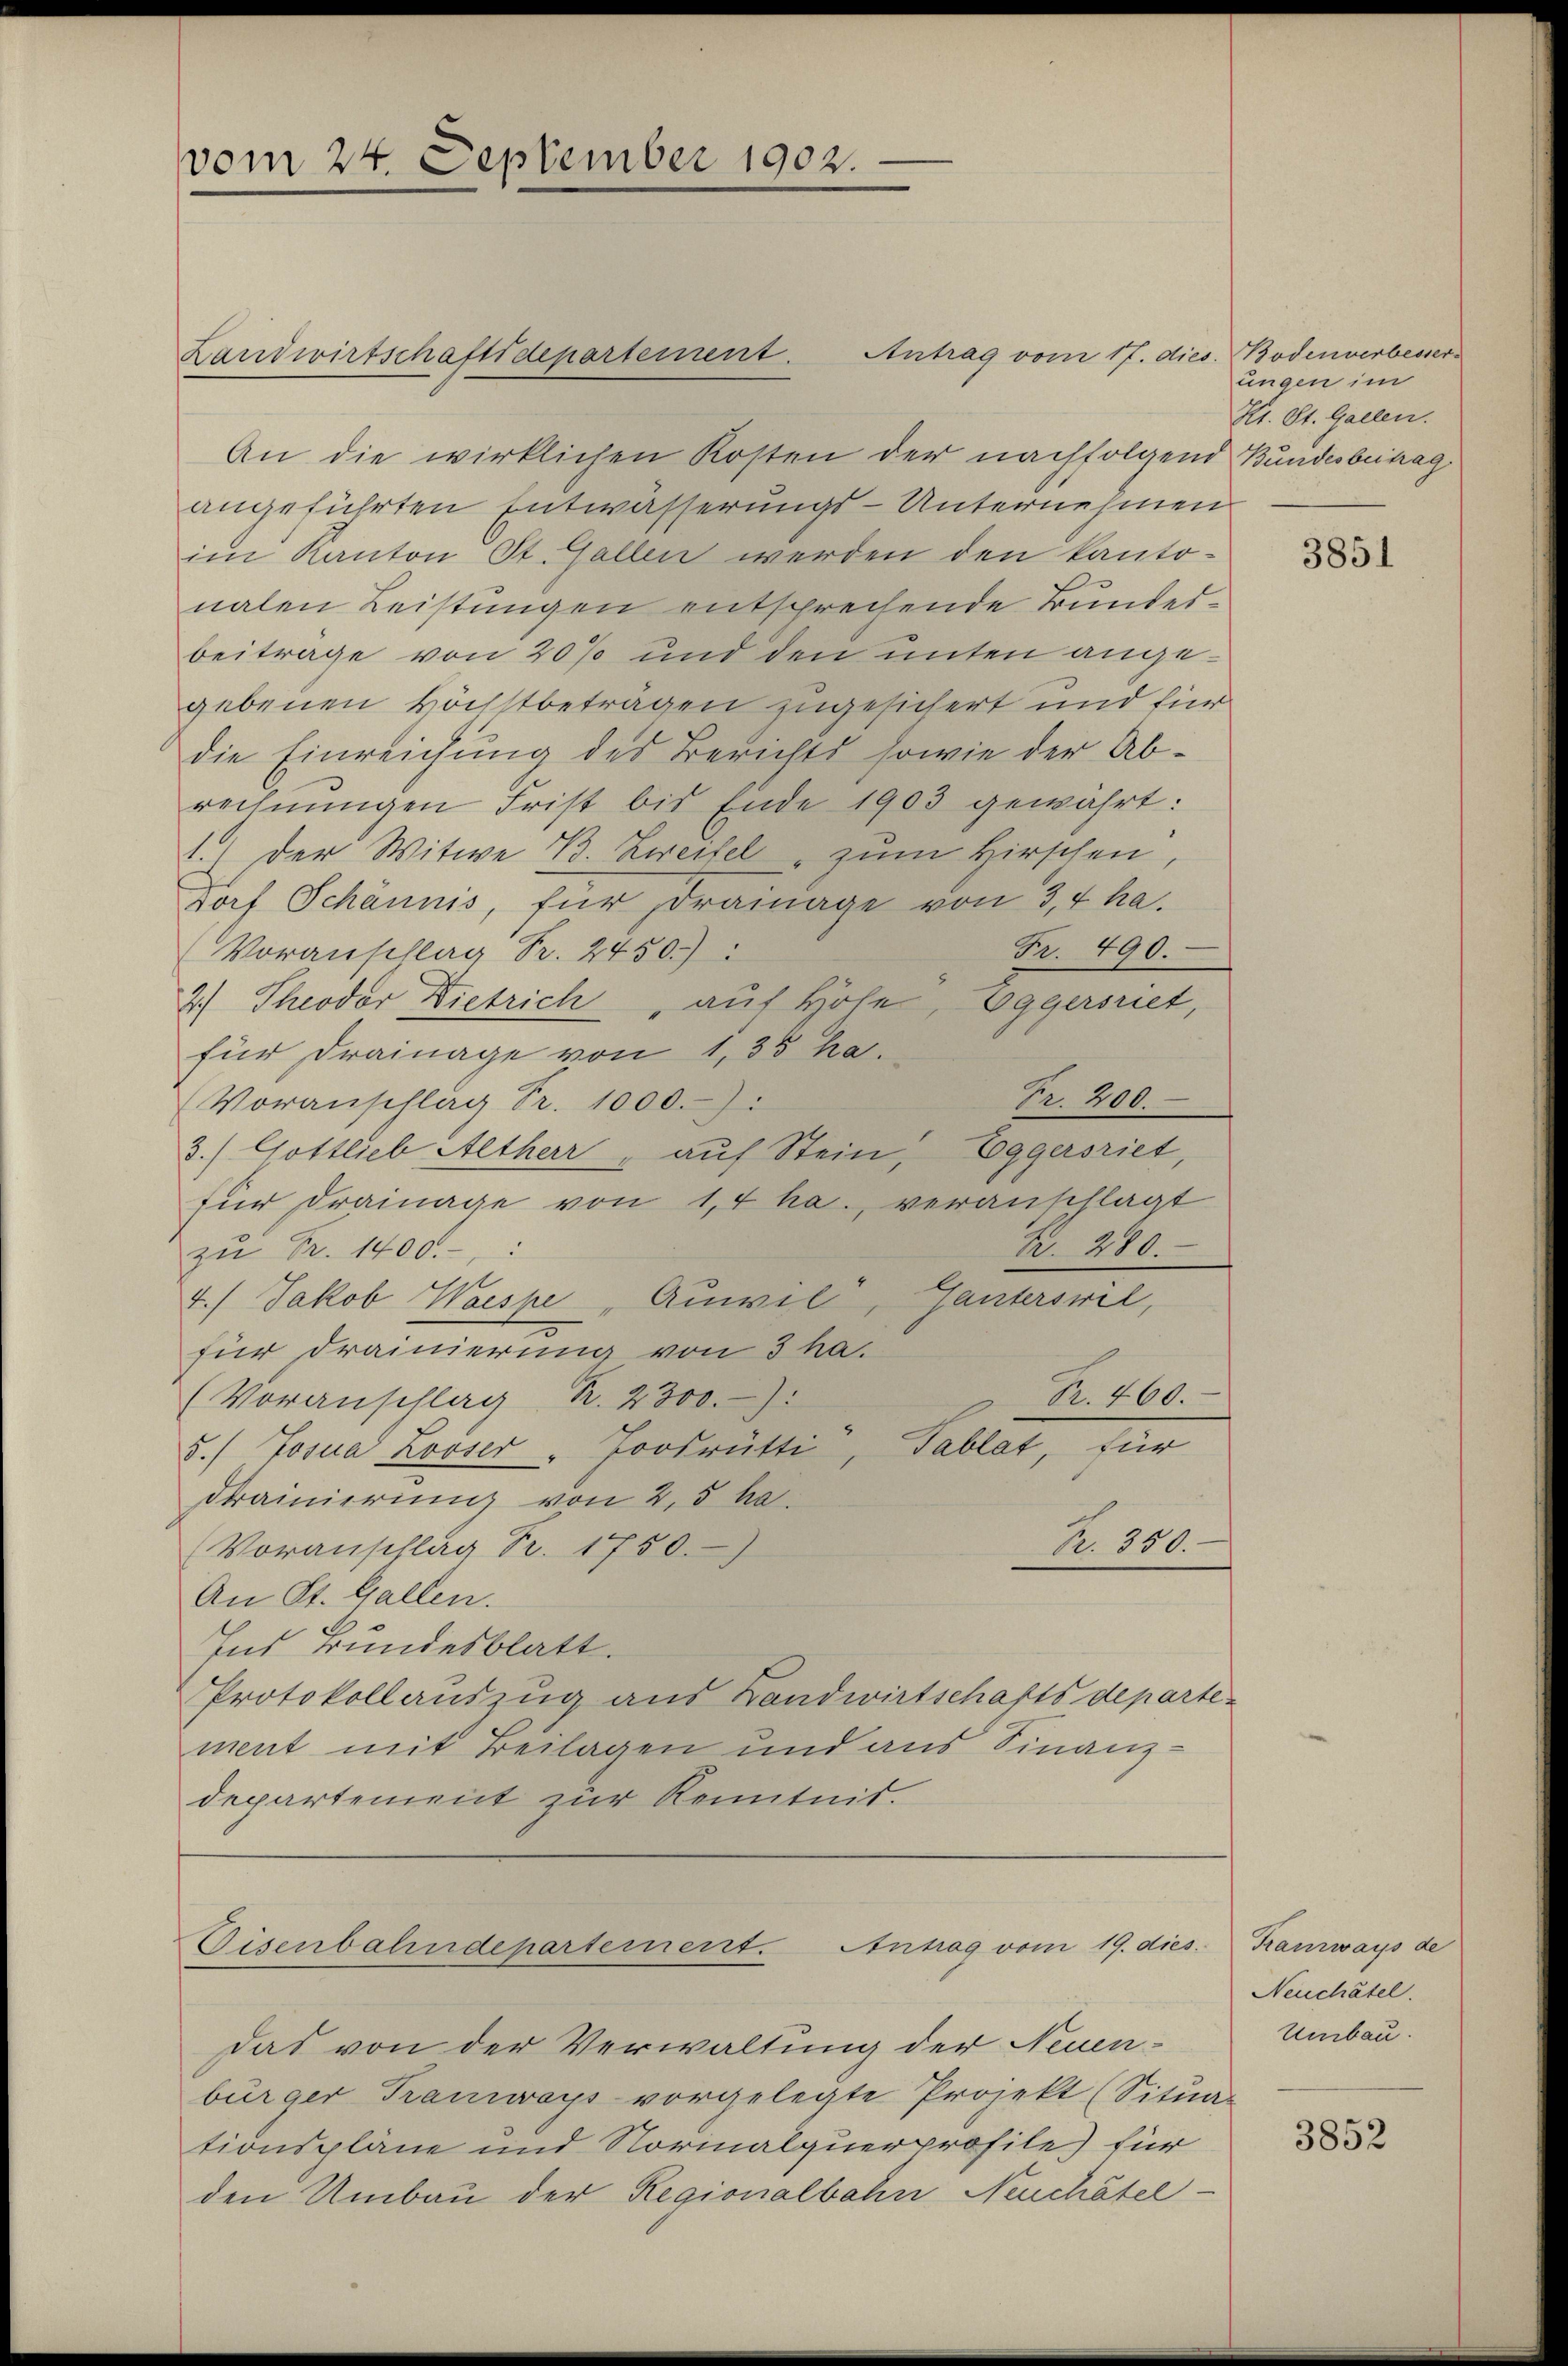
vom 24. September 1902.

Landwirtschaftsdepartement. Antrag vom 17. dies. Bodenverbesser¬

An die wirklichen Kosten der nachfolgend Bundesbehag
angeführten Entwässerungs-Unternehmen
im Kanton St. Gallen werden den kantonalen Leistungen entsprechende Bundesbeiträge von 20% und den unten angegebenen Höchstbeträgen zugesichert und für
die Einreichung des Berichts sowie der Abrechnŭngen Frist bis Ende 1903 gewährt:
1.) Der Witwe B. Zweifel, zum Hirschen,
Dorf Schännis, für drainage von 3,4 ha
Fr. 490.
Voranschlag Fr. 2450):
2.) Theodor Dietrich, auf Höhe, Eggersriet,
für Drainage von 1,35 ha.
Fr. 200.
Voranschlag Fr. 1000.-):
3./ Gottlieb Altherr, auf Stein Eggersriet,
für drainage von 14 ha., veranschlagt
R. 280.
zŭ Fr. 1400.
4.) Jakob Waespe "Auwil, Tanterswil,
für drainierung von 3 ha.
Br. 460.
(Voranschlag R. 2300.-):
5.) Josua Looser "Foosrütti, Tablat, für
drainierung von 2,5 ha.
Br. 350.
Voranschlag Fr. 1750)
An St. Gallen.
Ins Bundesblatt.
Protokollauszug aus Landwirtschaftsdepartement mit Beilagen und aus Finanz-
departement zur Kenntnis.

Disenbahndepartement. Antrag vom 19. dies

das von der Verwaltung der Neuenbürger Transwoys vorgelegte Projekt (Situar
tionspläne und Norinalquerprofile) für
den Umbau der Regionalbahn Neuchâtel-

ungen im
Kt. St. Gallen.

3851

Kranzways de
Neuchâtel.
Umbau.

3852